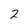
Character: 2